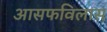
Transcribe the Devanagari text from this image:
आसफविलास